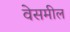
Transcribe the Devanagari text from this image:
वेसमील